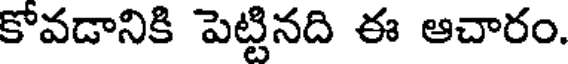
కోవడానికి పెట్టినది ఈ ఆచారం.